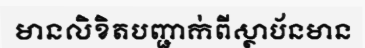
មានលិខិតបញ្ជាក់ពីស្ថាប័នមាន